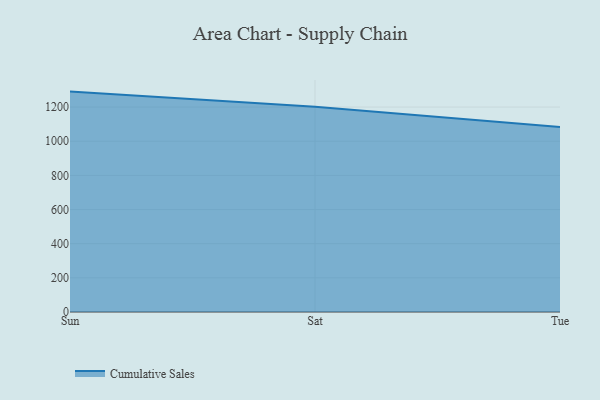
{"axis": {"x": "Day", "y": "Conversion Rate (%)"}, "legend": ["Cumulative Sales"], "data": [{"x": "Sun", "y": 1290.6, "type": "Cumulative Sales"}, {"x": "Sat", "y": 1202.5, "type": "Cumulative Sales"}, {"x": "Tue", "y": 1083.1, "type": "Cumulative Sales"}]}